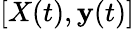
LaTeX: [X(t),\mathbf{y}(t)]